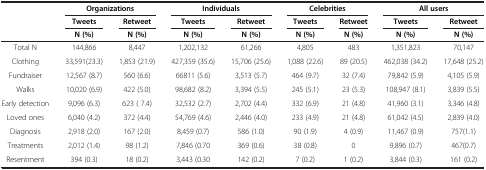
|  | <COLSPAN=2> Organizations | <COLSPAN=2> Individuals | <COLSPAN=2> Celebrities | <COLSPAN=2> All users |
 | <ROWSPAN=2>  | Tweets | Retweet | Tweets | Retweet | Tweets | Retweet | Tweets | Retweet |
 | N (%) | N (%) | N (%) | N (%) | N (%) | N (%) | N (%) | N (%) |
 | --- | --- | --- | --- | --- | --- | --- | --- | --- |
 | Total N | 144,866 | 8,447 | 1,202,132 | 61,266 | 4,805 | 483 | 1,351,823 | 70,147 |
 | Clothing | 33,591(23.3) | 1,853 (21.9) | 427,359 (35.6) | 15,706 (25.6) | 1,088 (22.6) | 89 (20.5) | 462,038 (34.2) | 17,648 (25.2) |
 | Fundraiser | 12,567 (8.7) | 560 (6.6) | 66811 (5.6) | 3,513 (5.7) | 464 (9.7) | 32 (7.4) | 79,842 (5.9) | 4,105 (5.9) |
 | Walks | 10,020 (6.9) | 422 (5.0) | 98,682 (8.2) | 3,394 (5.5) | 245 (5.1) | 23 (5.3) | 108,947 (8.1) | 3,839 (5.5) |
 | Early detection | 9,096 (6.3) | 623 ( 7.4) | 32,532 (2.7) | 2,702 (4.4) | 332 (6.9) | 21 (4.8) | 41,960 (3.1) | 3,346 (4.8) |
 | Loved ones | 6,040 (4.2) | 372 (4.4) | 54,769 (4.6) | 2,446 (4.0) | 233 (4.9) | 21 (4.8) | 61,042 (4.5) | 2,839 (4.0) |
 | Diagnosis | 2,918 (2.0) | 167 (2.0) | 8,459 (0.7) | 586 (1.0) | 90 (1.9) | 4 (0.9) | 11,467 (0.9) | 757(1.1) |
 | Treatments | 2,012 (1.4) | 98 (1.2) | 7,846 (0.70 | 369 (0.6) | 38 (0.8) | 0 | 9,896 (0.7) | 467(0.7) |
 | Resentment | 394 (0.3) | 18 (0.2) | 3,443 (0.30 | 142 (0.2) | 7 (0.2) | 1 (0.2) | 3,844 (0.3) | 161 (0.2) |